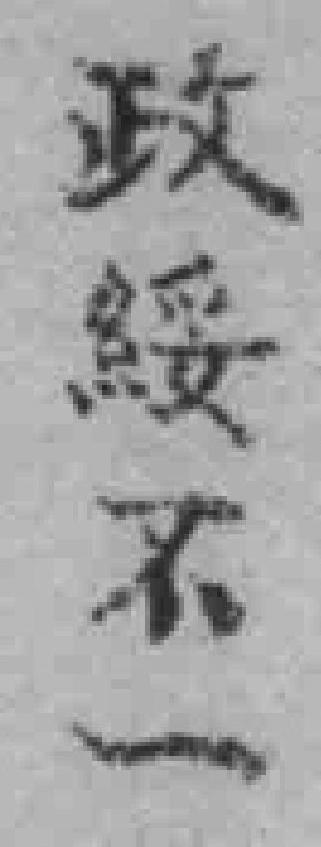
政綏不一